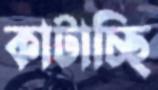
কাটাচ্ছি